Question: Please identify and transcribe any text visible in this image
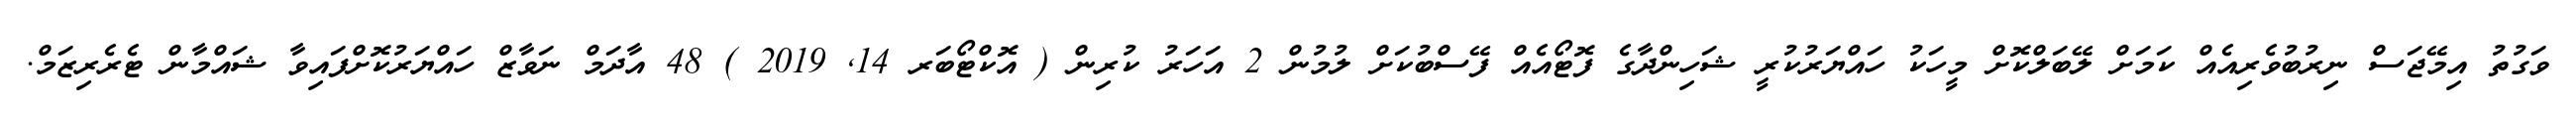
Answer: ވަގުތު އިމޭޖަސް ނިރުބުވެރިއެއް ކަމަށް ލޭބަލްކޮށް މީހަކު ހައްޔަރުކުރީ ޝަހިންދާގެ ފޮޓޯއެއް ފޭސްބުކަށް ލުމުން 2 އަހަރު ކުރިން ( އޮކްޓޯބަރ 14, 2019 ) 48 އާދަމް ނަވާޒް ހައްޔަރުކޮށްފައިވާ ޝައްމާން ޓެރެރިޒަމް.